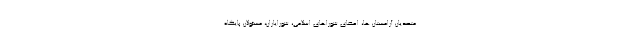
متصدیان آرامستان ها، اعضای شوراهای اسلامی، شورایاران، مسئولان پایگاه